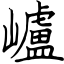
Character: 㠠